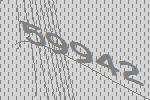
59942